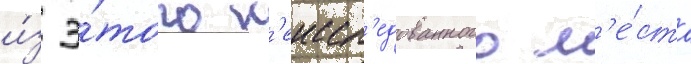
и́з э́того н'еиссл'едованного м'е́ста